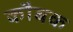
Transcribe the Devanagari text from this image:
कौबक